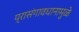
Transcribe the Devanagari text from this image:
प्रासंगावधानामुळे